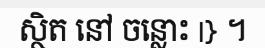
ស្ថិត នៅ ចន្លោះ |} ។